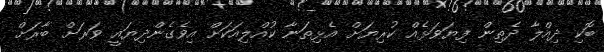
ބޮކި ދިއްލާ ދެތިން ފިޔަވަޅެއް ކުރިޔަށް އެޅިތަނާ ކުއްލިއަކަށް އިވެގެންދިޔައީ ވަރަށް ބާރަށް